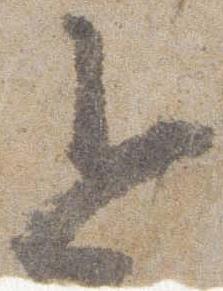
令